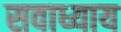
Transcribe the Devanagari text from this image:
सवाध्याय